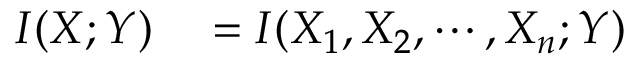
\begin{array} { r l } { I ( \boldsymbol { X } ; Y ) } & { { } = I ( X _ { 1 } , X _ { 2 } , \cdots , X _ { n } ; Y ) } \end{array}